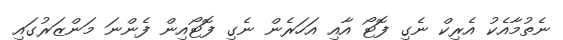
ނެތުމާއެކު އެރިކް ނެގި ފޮޓޯ އާއި އަހަރެން ނެގި ފޮޓޯއިން ފެންނަ މަންޒަރުގައި